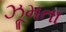
ઝૂમતા